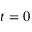
t = 0